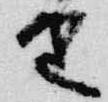
由